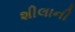
શીલાની